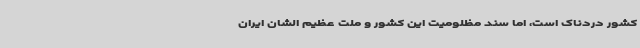
کشور دردناک است، اما سند مظلومیت این کشور و ملت عظیم الشان ایران